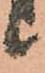
候